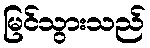
မြင်သွားသည်